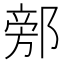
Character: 𨜷